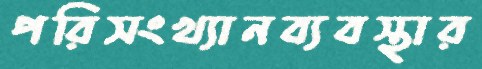
পরিসংখ্যানব্যবস্থার